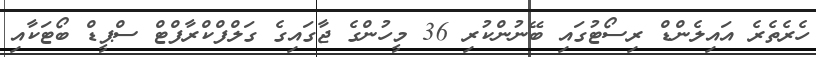
ހެރެތެރެ އައިލެންޑް ރިސޯޓުގައި ބޭނުންކުރި 36 މީހުންގެ ޖާގައިގެ ގަލްފްކްރާފްޓް ސްޕީޑް ބޯޓަކާއި